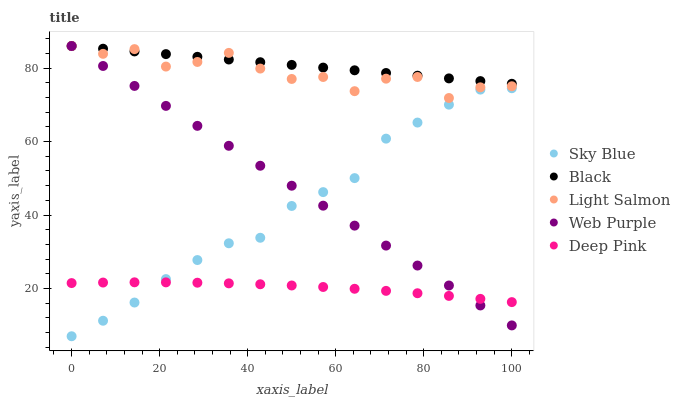
| xaxis_label | Sky Blue | Black | Light Salmon | Web Purple | Deep Pink |
 | --- | --- | --- | --- | --- | --- |
 | 0 | 7 | 86 | 86 | 86 | 21.5 |
 | 7.14 | 11.2 | 85.3 | 83.9 | 80.6 | 21.6 |
 | 14.3 | 16.2 | 84.5 | 85.2 | 75.1 | 21.7 |
 | 21.4 | 22.6 | 83.8 | 80.4 | 69.7 | 21.7 |
 | 28.6 | 27.7 | 83.1 | 81.7 | 64.3 | 21.6 |
 | 35.7 | 32.3 | 82.3 | 84.1 | 58.8 | 21.4 |
 | 42.9 | 33.8 | 81.6 | 79.9 | 53.4 | 21.2 |
 | 50 | 42.5 | 80.9 | 77 | 48 | 20.8 |
 | 57.1 | 46.2 | 80.1 | 77.6 | 42.5 | 20.4 |
 | 64.3 | 50 | 79.4 | 73.7 | 37.1 | 19.9 |
 | 71.4 | 60.8 | 78.7 | 77.1 | 31.7 | 19.4 |
 | 78.6 | 65.2 | 77.9 | 77.6 | 26.2 | 18.7 |
 | 85.7 | 70 | 77.2 | 71.8 | 20.8 | 18 |
 | 92.9 | 74.1 | 76.5 | 74.8 | 15.4 | 17.2 |
 | 100 | 74.5 | 75.7 | 75 | 9.95 | 16.3 |